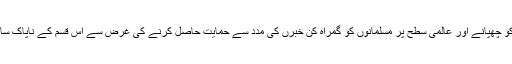
آل سعود اپنی شکست کو چھپانے اور عالمی سطح پر مسلمانوں کو گمراہ کن خبرں کی مدد سے حمایت حاصل کرنے کی غرض سے اس قسم کے ناپاک سازشیں تیار کر رہا ہے۔